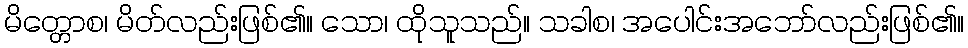
မိတ္တောစ၊ မိတ်လည်းဖြစ်၏။ သော၊ ထိုသူသည်။ သခါစ၊ အပေါင်းအဘော်လည်းဖြစ်၏။